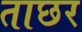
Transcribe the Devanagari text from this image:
ताछर